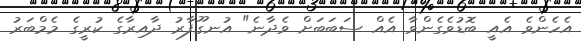
އެހެންވެ އެއީ ބޮޑުވެގެންވާ އެއް ސަބަބަށް ވެދާނެ" އުނގޫފާރު ދާއިރާގެ ކުރީގެ މެމްބަރު